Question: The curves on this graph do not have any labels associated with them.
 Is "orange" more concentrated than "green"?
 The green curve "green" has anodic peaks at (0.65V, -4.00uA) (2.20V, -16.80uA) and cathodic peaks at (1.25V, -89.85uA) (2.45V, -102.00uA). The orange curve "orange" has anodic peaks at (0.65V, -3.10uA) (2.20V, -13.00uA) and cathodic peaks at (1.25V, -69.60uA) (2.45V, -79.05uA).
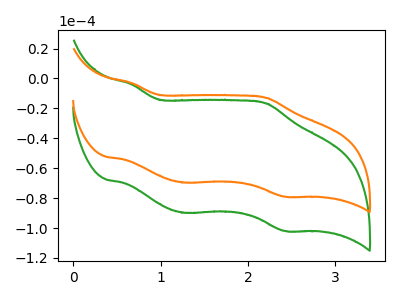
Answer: <think>All the peaks in "orange" have a peak in "green" at the same potential.
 </think>
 <answer>I cant tell if "orange" or "green" has higher concentration.</answer>
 <eval>mixed_concentration</eval>